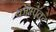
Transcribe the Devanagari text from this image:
कॉम्पॅक्ट्